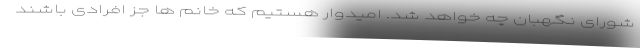
شورای نگهبان چه خواهد شد. امیدوار هستیم که خانم ها جز افرادی باشند